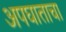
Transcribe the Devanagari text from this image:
अपघाताचा